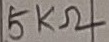
Text: 5KΩ